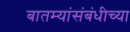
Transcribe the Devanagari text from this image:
बातम्यांसंबंधीच्या